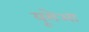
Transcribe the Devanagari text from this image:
यूमेआ